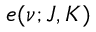
e ( \nu ; J , K )